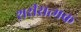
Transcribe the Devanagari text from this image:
शरीरात्मक